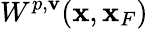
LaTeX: W^{p,\mathbf{v}}({\mathbf{x}},{\mathbf{x}}_{F})